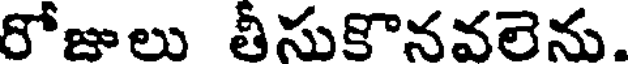
రోజులు తీసుకొనవలెను.